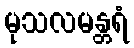
မုသလမန္တရံ